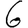
Digit: 6